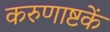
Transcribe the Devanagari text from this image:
करुणाष्टकें